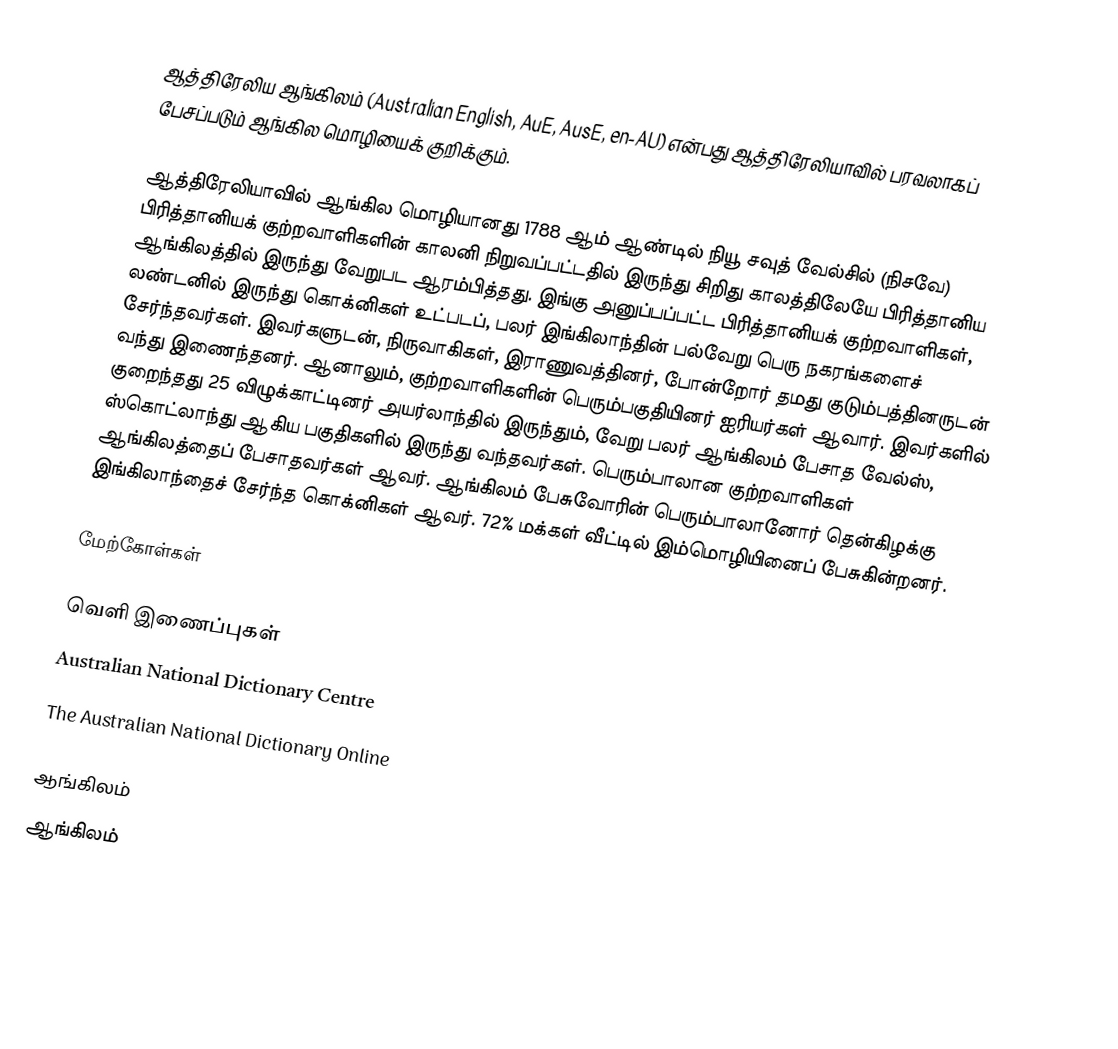
ஆத்திரேலிய ஆங்கிலம் (Australian English, AuE, AusE, en-AU) என்பது ஆத்திரேலியாவில் பரவலாகப் பேசப்படும் ஆங்கில மொழியைக் குறிக்கும்.

ஆத்திரேலியாவில் ஆங்கில மொழியானது 1788 ஆம் ஆண்டில் நியூ சவுத் வேல்சில் (நிசவே) பிரித்தானியக் குற்றவாளிகளின் காலனி நிறுவப்பட்டதில் இருந்து சிறிது காலத்திலேயே பிரித்தானிய ஆங்கிலத்தில் இருந்து வேறுபட ஆரம்பித்தது. இங்கு அனுப்பப்பட்ட பிரித்தானியக் குற்றவாளிகள், லண்டனில் இருந்து கொக்னிகள் உட்படப், பலர் இங்கிலாந்தின் பல்வேறு பெரு நகரங்களைச் சேர்ந்தவர்கள். இவர்களுடன், நிருவாகிகள், இராணுவத்தினர், போன்றோர் தமது குடும்பத்தினருடன் வந்து இணைந்தனர். ஆனாலும், குற்றவாளிகளின் பெரும்பகுதியினர் ஐரியர்கள் ஆவார். இவர்களில் குறைந்தது 25 விழுக்காட்டினர் அயர்லாந்தில் இருந்தும், வேறு பலர் ஆங்கிலம் பேசாத வேல்ஸ், ஸ்கொட்லாந்து ஆகிய பகுதிகளில் இருந்து வந்தவர்கள். பெரும்பாலான குற்றவாளிகள் ஆங்கிலத்தைப் பேசாதவர்கள் ஆவர். ஆங்கிலம் பேசுவோரின் பெரும்பாலானோர் தென்கிழக்கு இங்கிலாந்தைச் சேர்ந்த கொக்னிகள் ஆவர். 72% மக்கள் வீட்டில் இம்மொழியினைப் பேசுகின்றனர்.

மேற்கோள்கள்

வெளி இணைப்புகள்
Australian National Dictionary Centre
The Australian National Dictionary Online

ஆங்கிலம்
ஆங்கிலம்